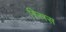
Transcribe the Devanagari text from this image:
स्स्रिस